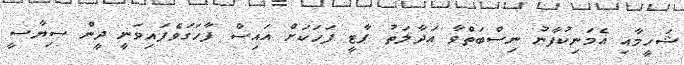
ޝަހީމާއި އެމަނިކުފާނު ނިސްބަތްވާ އަދާލަތު ޕާޓީ ފަހަކަށް އައިސް ފާހަގަވެފައިވަނީ ދީން ސިޔާސީ